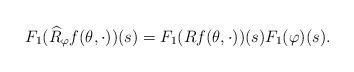
LaTeX: \begin{align*}F_1(\widehat{R}_\varphi f(\theta,\cdot))(s)= F_1(Rf(\theta,\cdot))(s) F_1 (\varphi)(s).\end{align*}